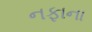
નફાના